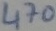
Text: 470